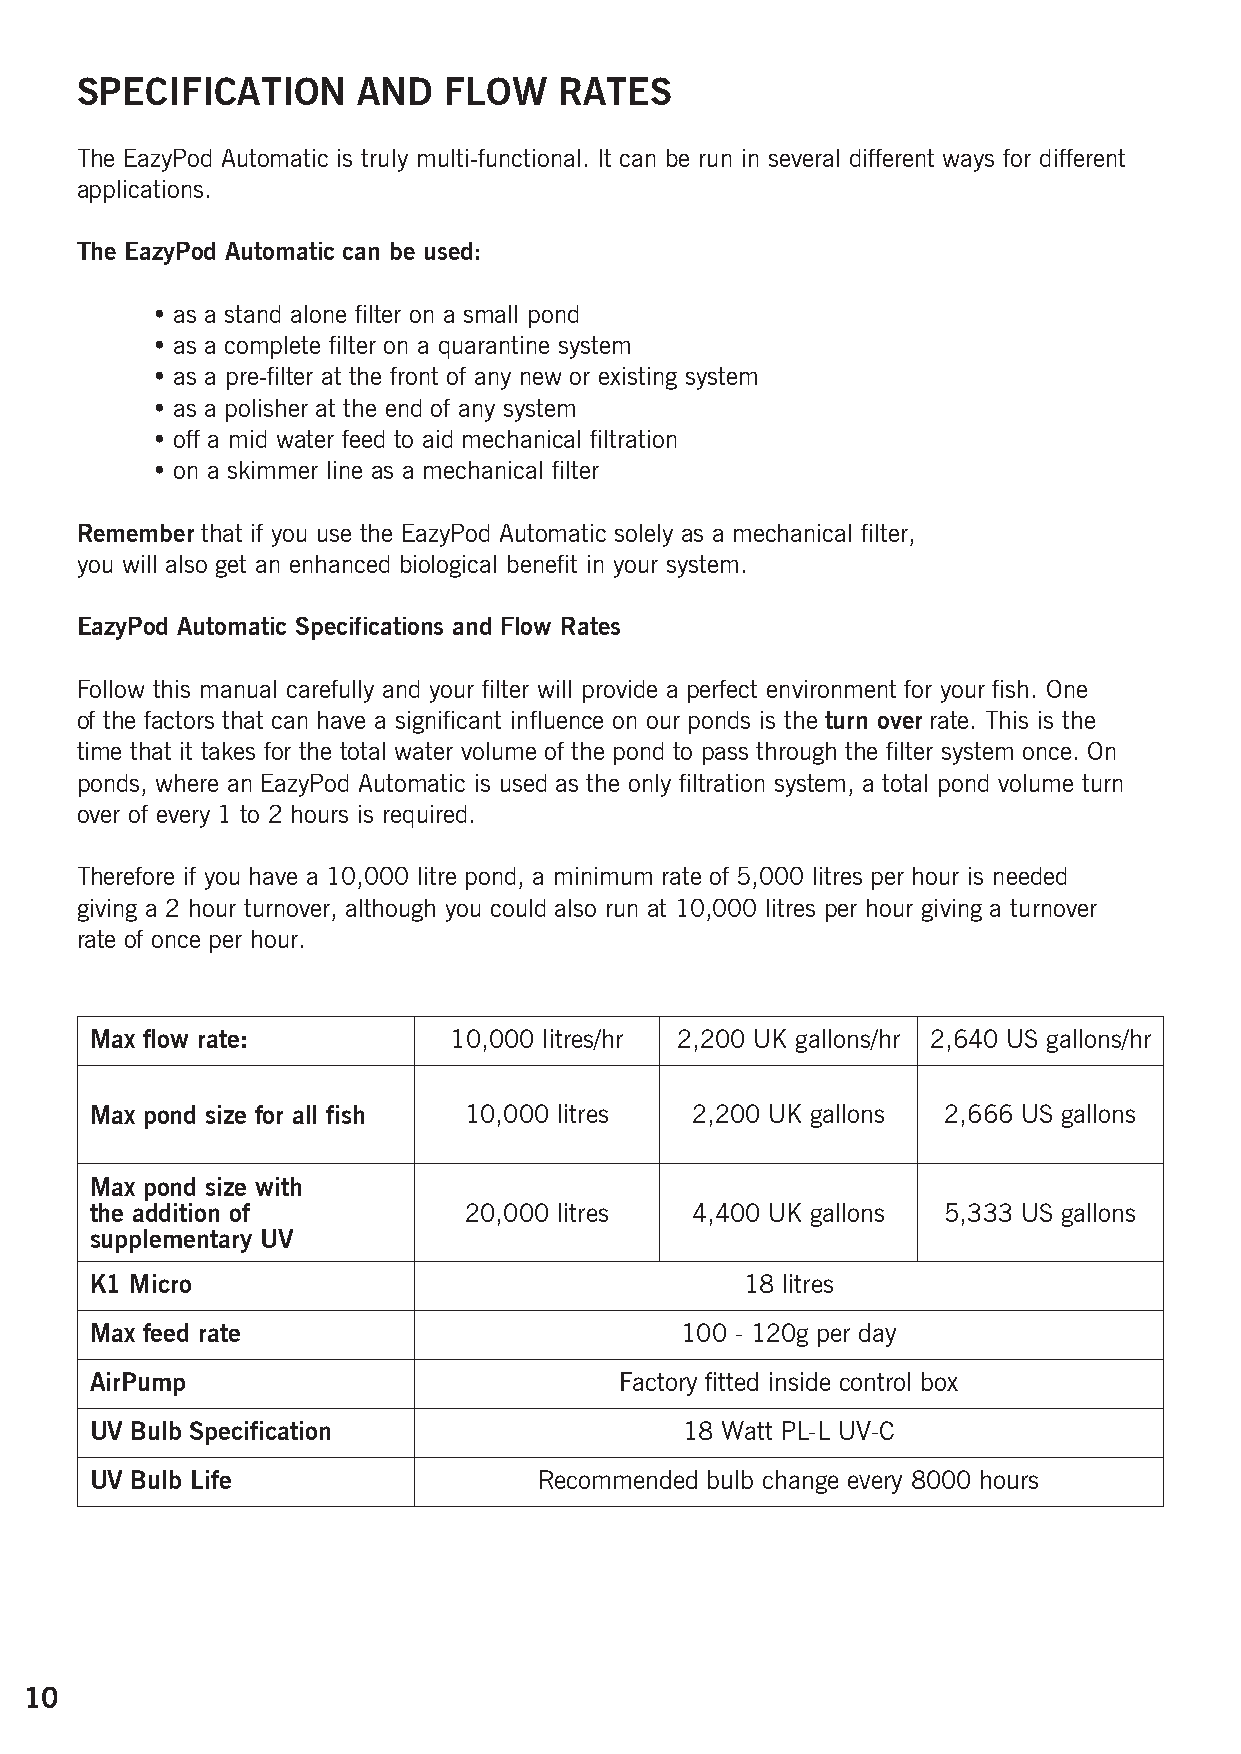
SPECIFICATION      AND  FLOW    RATES
 The EazyPod Automatic is truly multi-functional. It can be run in several different ways for different
 applications.
 The EazyPod Automatic can be used:
 • as a stand alone filter on a small pond
 • as a complete filter on a quarantine system
 • as a pre-filter at the front of any new or existing system
 • as a polisher at the end of any system
 • off a mid water feed to aid mechanical filtration
 • on a skimmer line as a mechanical filter
 Remember that if you use the EazyPod Automatic solely as a mechanical filter,
 you will also get an enhanced biological benefit in your system.
 EazyPod Automatic Specifications and Flow Rates
 Follow this manual carefully and your filter will provide a perfect environment for your fish. One
 of the factors that can have a significant influence on our ponds is the turn over rate. This is the
 time that it takes for the total water volume of the pond to pass through the filter system once. On
 ponds, where an EazyPod Automatic is used as the only filtration system, a total pond volume turn
 over of every 1 to 2 hours is required.
 Therefore if you have a 10,000 litre pond, a minimum rate of 5,000 litres per hour is needed
 giving a 2 hour turnover, although you could also run at 10,000 litres per hour giving a turnover
 rate of once per hour.
 Max flow rate:          10,000 litres/hr 2,200 UK gallons/hr 2,640 US gallons/hr
 Max pond size for all fish 10,000 litres 2,200 UK gallons 2,666 US gallons
 Max pond size with
 the addition of          20,000 litres  4,400 UK gallons 5,333 US gallons
 supplementary UV
 K1 Micro                                   18 litres
 Max feed rate                          100 - 120g per day
 AirPump                            Factory fitted inside control box
 UV Bulb Specification                  18 Watt PL-L UV-C
 UV Bulb Life                  Recommended bulb change every 8000 hours
 10